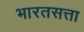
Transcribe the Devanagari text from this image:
भारतसत्ता